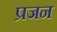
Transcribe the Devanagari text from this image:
प्रजन